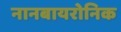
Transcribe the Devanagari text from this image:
नानबायरोनिक